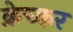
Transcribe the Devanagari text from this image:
क्रेच्कर